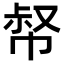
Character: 𢃝